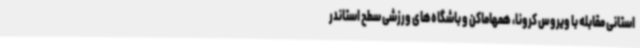
استانی مقابله با ویروس کرونا، همهاماکن و باشگاه‌های ورزشی سطح استاندر